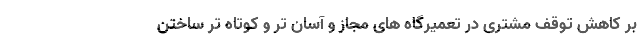
بر کاهش توقف مشتری در تعمیرگاه های مجاز و آسان تر و کوتاه تر ساختن